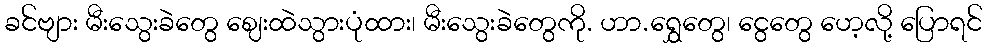
ခင်ဗျား မီးသွေးခဲတွေ ဈေးထဲသွားပုံထား၊ မီးသွေးခဲတွေကို. ဟာ.ရွှေတွေ၊ ငွေတွေ ဟေ့လို့ ပြောရင်